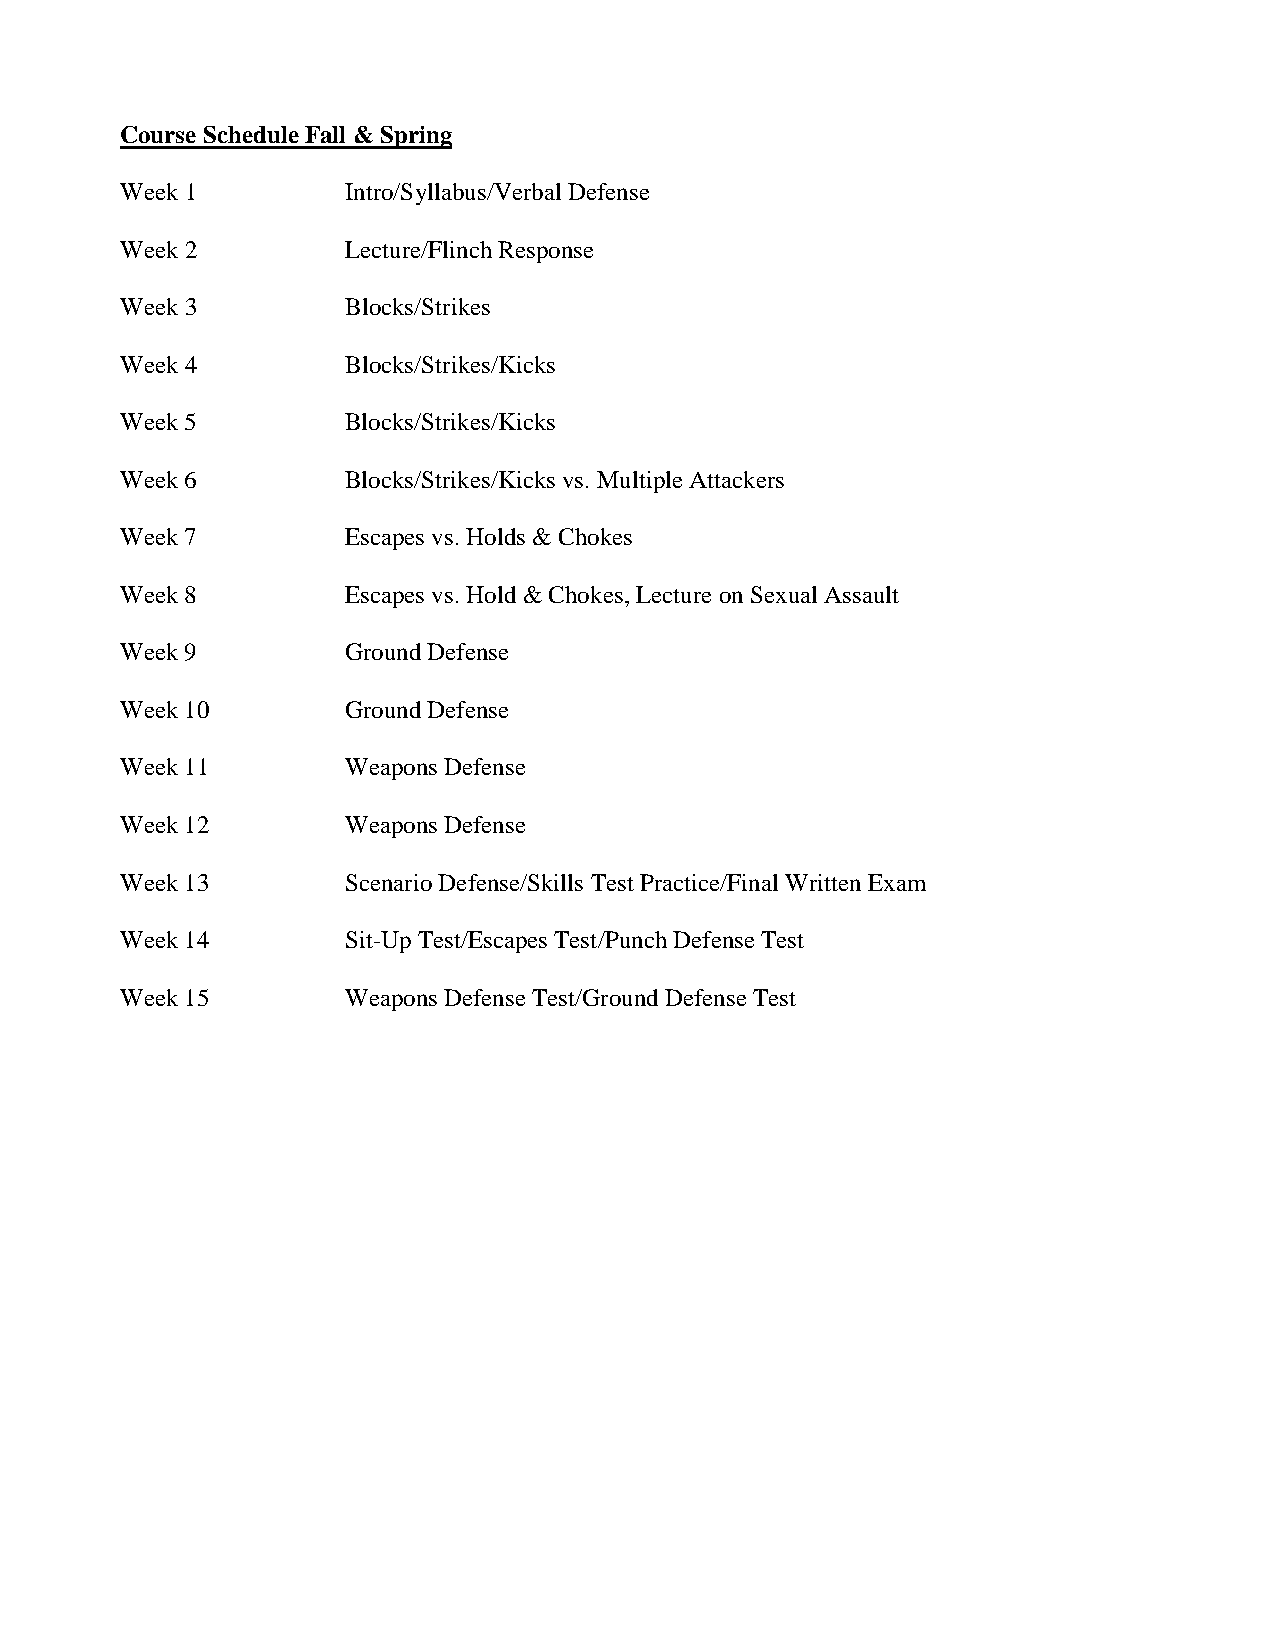
Course Schedule Fall & Spring
 Week 1         Intro/Syllabus/Verbal Defense
 Week 2         Lecture/Flinch Response
 Week 3         Blocks/Strikes
 Week 4         Blocks/Strikes/Kicks
 Week 5         Blocks/Strikes/Kicks
 Week 6         Blocks/Strikes/Kicks vs. Multiple Attackers
 Week 7         Escapes vs. Holds & Chokes
 Week 8         Escapes vs. Hold & Chokes, Lecture on Sexual Assault
 Week 9         Ground Defense
 Week 10        Ground Defense
 Week 11        Weapons Defense
 Week 12        Weapons Defense
 Week 13        Scenario Defense/Skills Test Practice/Final Written Exam
 Week 14        Sit-Up Test/Escapes Test/Punch Defense Test
 Week 15        Weapons Defense Test/Ground Defense Test